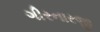
ગીરનારજી